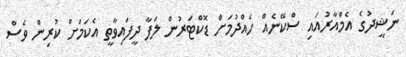
ނަޝީދުގެ އެމްއާރުއައި ސްކޭނެއް ހެއްދުމަށް ޑޮކްޓަރުން ލަފާ ދީފައިވާތީ އެކަމަށް ކުރިން ވެސް